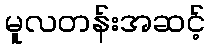
မူလတန်းအဆင့်